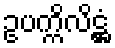
ဥပက္ကိလိဋ္ဌံ